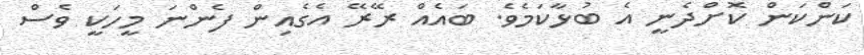
ކަންކަން ކޮށްދެނީ އެ ބުޅާކަމެވެ. ބައެއް ރޭރޭ އެގެއިން ފެންނަ މީހަކީ ވެސް